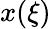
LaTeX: x(\xi)